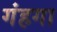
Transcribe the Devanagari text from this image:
गंहगा